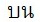
บน